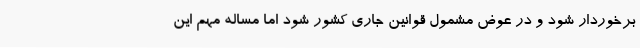
برخوردار شود و در عوض مشمول قوانین جاری کشور شود اما مساله مهم این